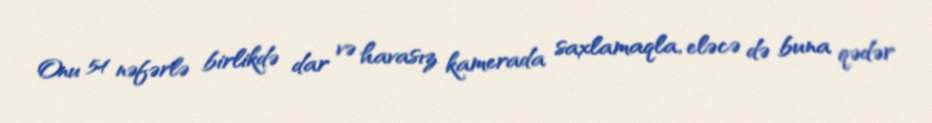
Onu 54 nəfərlə birlikdə dar və havasız kamerada saxlamaqla, eləcə də buna qədər